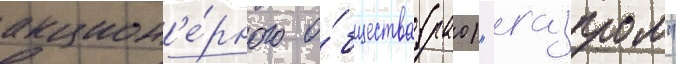
акцион'е́рного о́бщества (рао) "газпром"